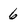
Character: 6